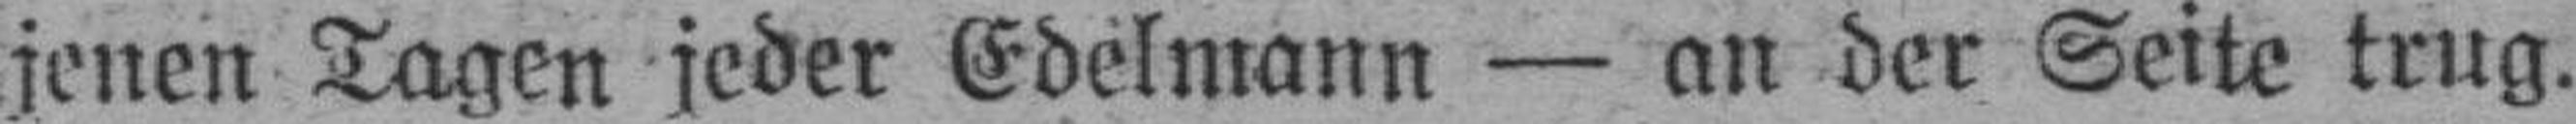
jenen Tagen jeder Edelmann — an der Seite trug.